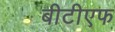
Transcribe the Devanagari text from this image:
बीटीएफ